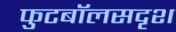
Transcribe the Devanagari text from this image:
फुटबॉलसदृश